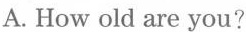
A. How old are you?